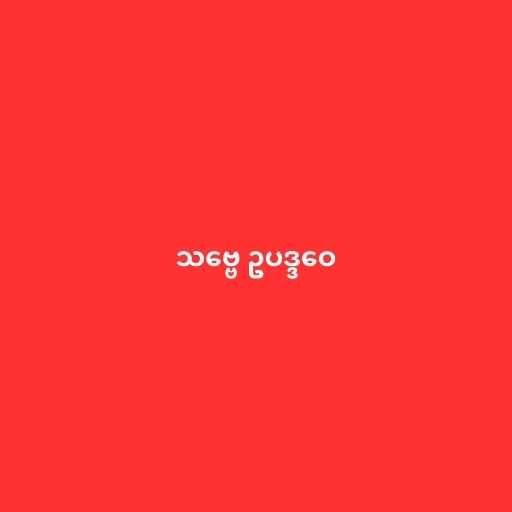
သဗ္ဗေ ဥပဒ္ဒဝေ